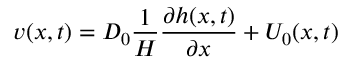
v ( x , t ) = D _ { 0 } \frac { 1 } { H } \frac { \partial h ( x , t ) } { \partial x } + U _ { 0 } ( x , t )